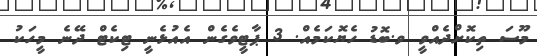
މޫސަ ތިކޮށްދެއްވީ ވ.ބޮޑު ހެޔޮކަމެއް. 3 ޕާޓީވެގެން އެއުޅެނީ ޓިކެޓް ދޭނެ މީހަކު